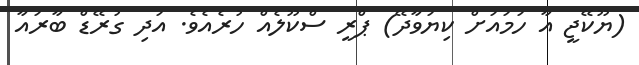
(ޔޫކޭޖީ އާ ހަމައަށް ކިޔަވާދޭ) ޕްރީ ސްކޫލެއް ހުރެއެވެ. އަދި ގުރޭޑް ބާރައާ